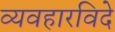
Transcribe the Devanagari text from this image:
व्यवहारविदे